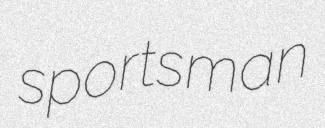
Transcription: sportsman